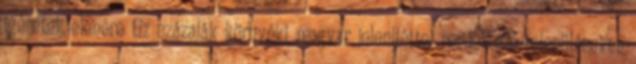
ígéretek elenére tíz százalák környéki magyar jelenlléttel rendelkező településeken